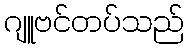
ဂျူဗင်တပ်သည်